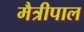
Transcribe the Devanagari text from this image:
मैत्रीपाल